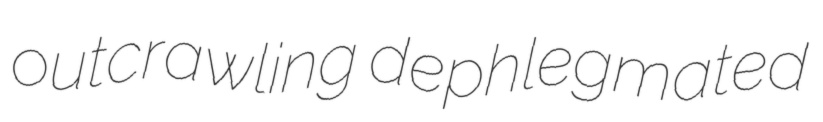
outcrawling dephlegmated